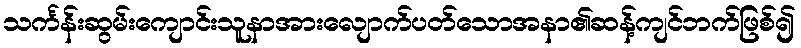
သင်္ကန်းဆွမ်းကျောင်းသူနာအားလျောက်ပတ်သောအနာ၏ဆန့်ကျင်ဘက်ဖြစ်၍